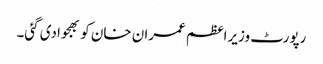
رپورٹ وزیراعظم عمران خان کو بھجوادی گئی۔